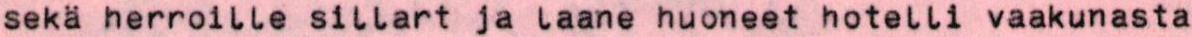
sekä herroille sillart ja laane huoneet hotelli vaakunasta